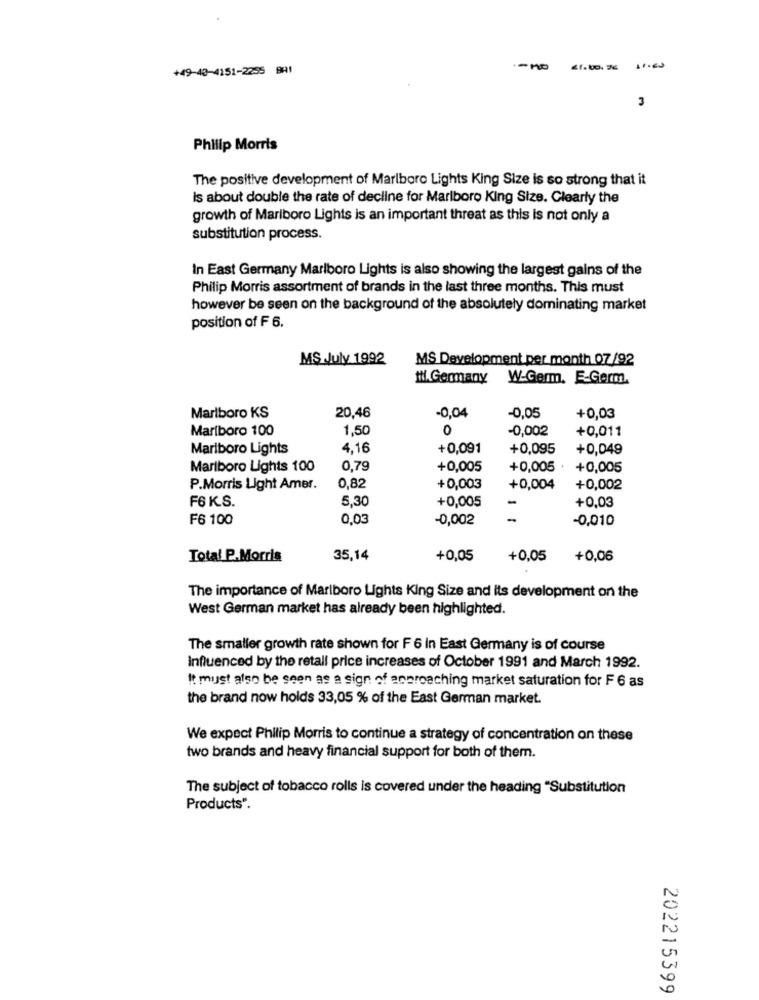
+49-40-4151-2255 BHI
11000
3
Philip Morris
The positive development of Marlboro Lights King Size is so strong that it
is about double the rate of decline for Marlboro King Size. Clearly the
growth of Marlboro Lights is an important threat as this is not only a
substitution process.
In East Germany Marlboro Lights is also showing the largest gains of the
Philip Morris assortment of brands in the last three months. This must
however be seen on the background of the absolutely dominating market
position of F 6.
MS July 1992
MS Development per month 07/92
1.Germany
W-Germ. E-Germ.
Marlboro KS
20,46
-0,04
-0,05
+0,03
Mariboro 100
1,50
0
-0,002
+0,011
Marlboro Lights
4,16
+0,091
+0,095
+0,049
Marlboro Lights 100
0.79
+0,005
+0,005
+0,005
P.Morris Light Amer.
0,82
+0,003
+0,004
+0,002
F6 KS.
5,30
+0,005
+0,03
F6 100
0,03
-0,002
-
-0,010
Total P.Morris
35,14
+0,05
+0,05
+0,06
The importance of Marlboro Lights King Size and its development on the
West German market has already been highlighted.
The smaller growth rate shown for F 6 in East Germany is of course
Influenced by the retail price increases of October 1991 and March 1992.
It must also be seen as a sign of approaching market saturation for F 6 as
the brand now holds 33,05 % of the East German market.
We expect Philip Morris to continue a strategy of concentration on these
two brands and heavy financial support for both of them.
The subject of tobacco rolls is covered under the heading "Substitution
Products".
202215399